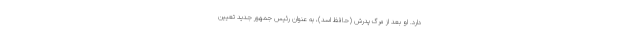
دارد. او بعد از مرگ پدرش (حافظ اسد)، به عنوان رئیس جمهور جدید تعیین